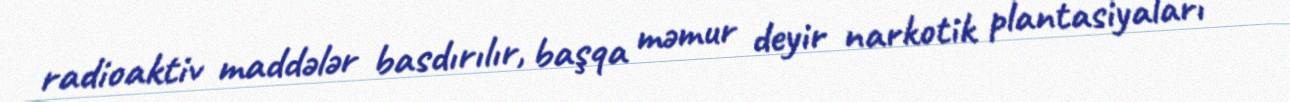
radioaktiv maddələr basdırılır, başqa məmur deyir narkotik plantasiyaları